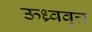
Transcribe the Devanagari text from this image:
ऊध्र्ववृत्त